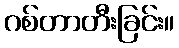
ဂစ်တာတီးခြင်း။